Civil Veterinary Dept. North-West Frontier Province 1901-22 - 1901-1922
Year: 1901
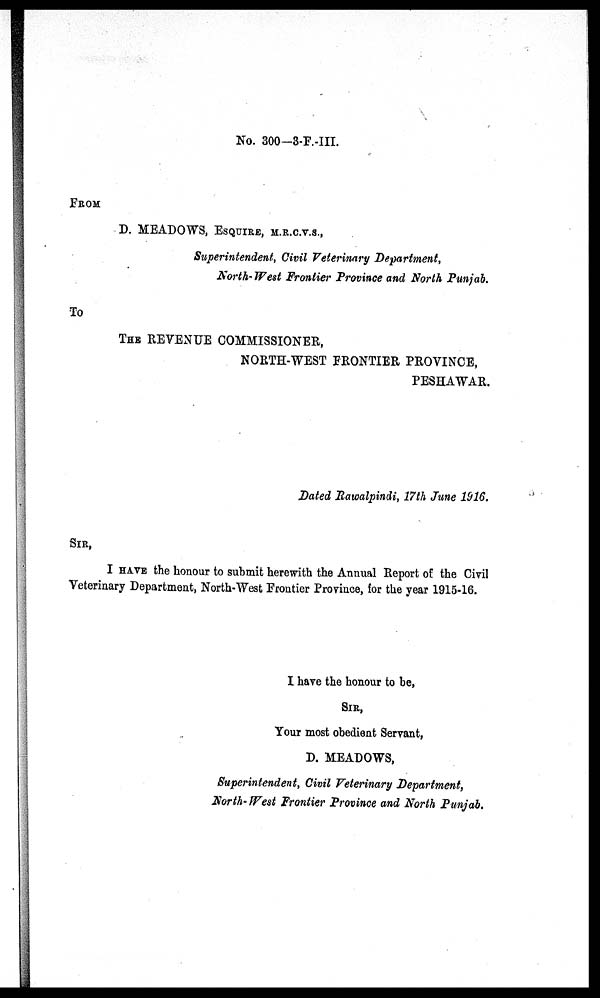
No. 300-3-F.-III.
FROM
D. MEADOWS, ESQUIRE, M.R.C.V.S.,
Superintendent, Civil Veterinary Department,
North-West Frontier Province and North Punjab.
To
THE REVENUE COMMISSIONER,
NORTH-WEST FRONTIER PROVINCE,
PESHAWAR.
Dated Rawalpindi, 17th June 1916.
SIR,
I HAVE the honour to submit herewith the Annual Report of the Civil
Veterinary Department, North-West Frontier Province, for the year 1915-16.
I have the honour to be,
SIR,
Your most obedient Servant,
D. MEADOWS,
Superintendent, Civil Veterinary Department,
North-West Frontier Province and North Punjab.